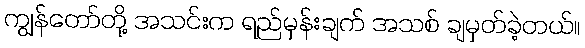
ကျွန်တော်တို့ အသင်းက ရည်မှန်းချက် အသစ် ချမှတ်ခဲ့တယ်။